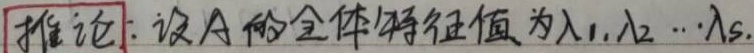
推论：设 \(A\) 的全体特征值为 \(\lambda_1,\lambda_2,\cdots,\lambda_s\)。